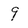
Character: 9